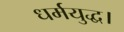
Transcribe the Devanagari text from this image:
धर्मयुद्ध।